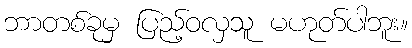
ဘာတစ်ခုမှ ပြည့်ဝလှသူ မဟုတ်ပါဘူး။